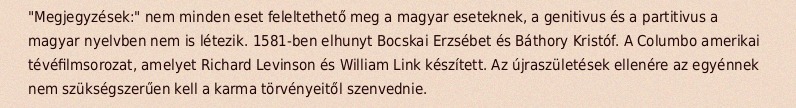
"Megjegyzések:" nem minden eset feleltethető meg a magyar eseteknek, a genitivus és a partitivus a magyar nyelvben nem is létezik. 1581-ben elhunyt Bocskai Erzsébet és Báthory Kristóf. A Columbo amerikai tévéfilmsorozat, amelyet Richard Levinson és William Link készített. Az újraszületések ellenére az egyénnek nem szükségszerűen kell a karma törvényeitől szenvednie.